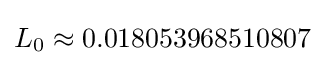
L_{0}\approx 0.018053968510807